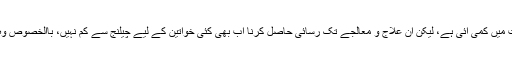
اگرچہ حالیہ تحقیق اور تشخیص اور علاج معالجے میں جدید تبدیلیوں سے اموات میں کمی آئی ہے، لیکن ان علاج و معالجے تک رسائی حاصل کرنا اب بھی کئی خواتین کے لیے چیلنج سے کم نہیں، باالخصوص وہ خواتین جو کم آمدن والے ممالک اور دیہی اور دُور دراز علاقوں میں رہتی ہیں۔